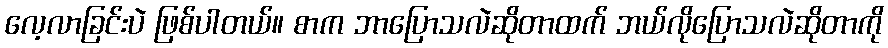
လေ့လာခြင်းပဲ ဖြစ်ပါတယ်။ စာက ဘာပြောသလဲဆိုတာထက် ဘယ်လိုပြောသလဲဆိုတာကို